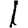
Digit: 1